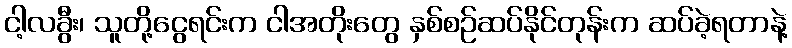
ငါ့လခွီး၊ သူတို့ငွေရင်းက ငါအတိုးတွေ နှစ်စဉ်ဆပ်နိုင်တုန်းက ဆပ်ခဲ့ရတာနဲ့